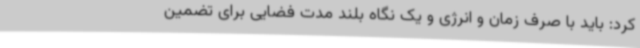
کرد: باید با صرف زمان و انرژی و یک نگاه بلند مدت فضایی برای تضمین